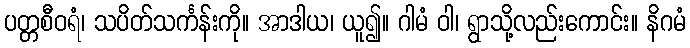
ပတ္တစီဝရံ၊ သပိတ်သင်္ကန်းကို။ အာဒါယ၊ ယူ၍။ ဂါမံ ဝါ၊ ရွာသို့လည်းကောင်း။ နိဂမံ